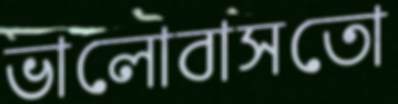
ভালোবাসতো